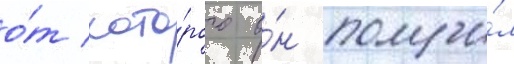
о́т кото́рого о́н получи́л